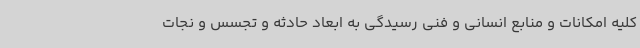
کلیه امکانات و منابع انسانی و فنی رسیدگی به ابعاد حادثه و تجسس و نجات